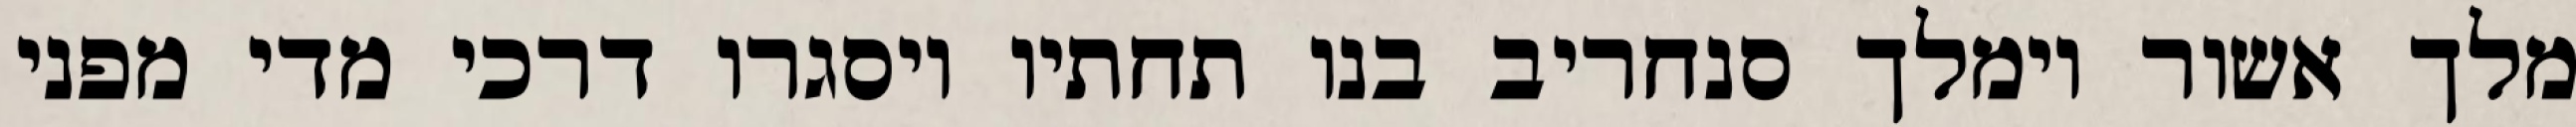
מלך אשור וימלך סנחריב בנו תחתיו ויסגרו דרכי מדי מפני